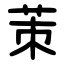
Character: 茦